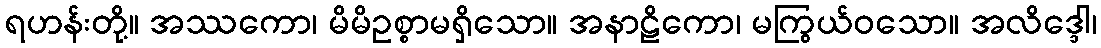
ရဟန်းတို့။ အဿကော၊ မိမိဥစ္စာမရှိသော။ အနာဠိကော၊ မကြွယ်ဝသော။ အလိဒ္ဒေါ၊